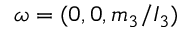
\boldsymbol { \omega } = ( 0 , 0 , m _ { 3 } / I _ { 3 } )